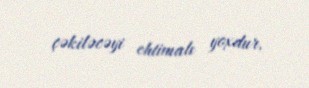
çəkiləcəyi ehtimalı yoxdur.